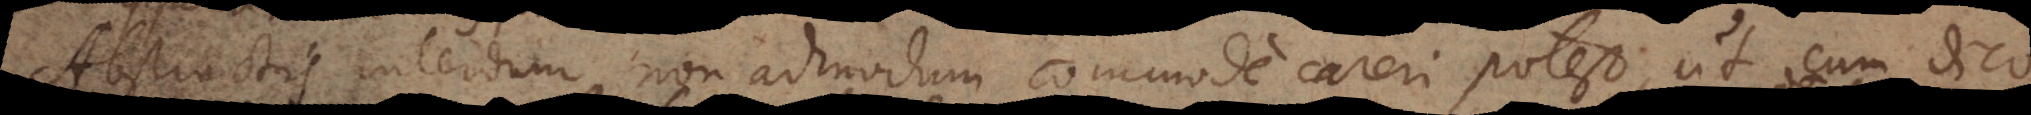
Abstractis interdum non admodum commode careri potest, ut cum dic